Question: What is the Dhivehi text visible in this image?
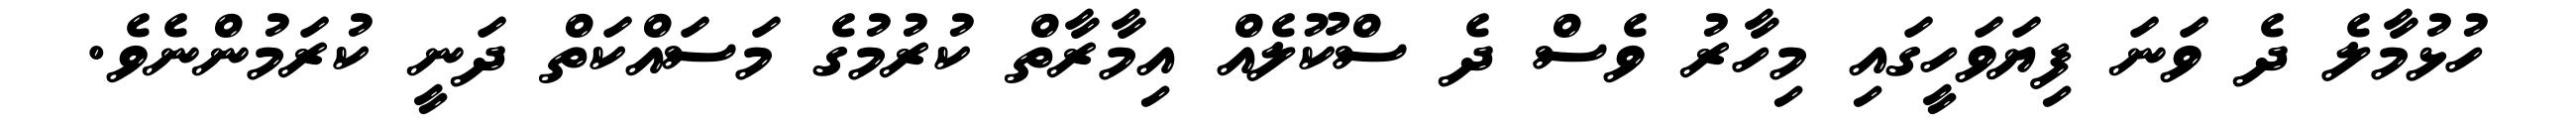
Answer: ހުޅުމާލެ ދެ ވަނަ ފިޔަވަހީގައި މިހާރު ވެސް ދެ ސްކޫލެއް އިމާރާތް ކުރުމުގެ މަސައްކަތް ދަނީ ކުރަމުންނެވެ.